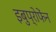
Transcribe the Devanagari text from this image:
इबुप्रोफेंन